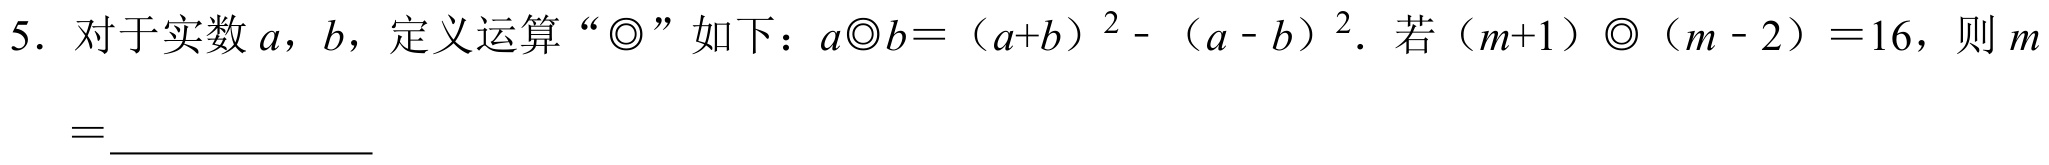
5. 对于实数\(a\)，\(b\)，定义运算“\(\odot\)”如下：\(a\odot b=(a + b)^{2}-(a - b)^{2}\). 若\((m + 1)\odot(m - 2)=16\)，则\(m=\underline{\qquad\qquad}\)